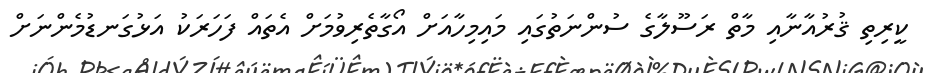
ކީރިތި ޤުރުއާނާއި މާތް ރަސޫލާގެ ސުންނަތުގައި މައިމިހާއަށް އޯގާތެރިވުމަށް އެތައް ފަހަރަކު އަޅުގަނޑުމެންނަށް